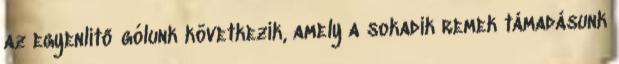
az egyenlítő gólunk következik, amely a sokadik remek támadásunk